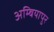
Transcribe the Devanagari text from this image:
अम्बियापुर